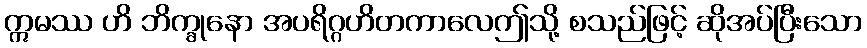
ဣမဿ ဟိ ဘိက္ခုနော အပရိဂ္ဂဟိတကာလေဤသို့ စသည်ဖြင့် ဆိုအပ်ပြီးသော